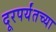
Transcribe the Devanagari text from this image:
दूरपर्यंतच्या